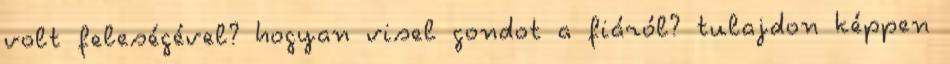
volt feleségével? hogyan visel gondot a fiáról? tulajdon képpen